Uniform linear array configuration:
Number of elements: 4
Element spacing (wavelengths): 0.75
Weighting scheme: hann
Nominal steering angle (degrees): -15
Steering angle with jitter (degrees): -16.415
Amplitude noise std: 0.05
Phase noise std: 0.05

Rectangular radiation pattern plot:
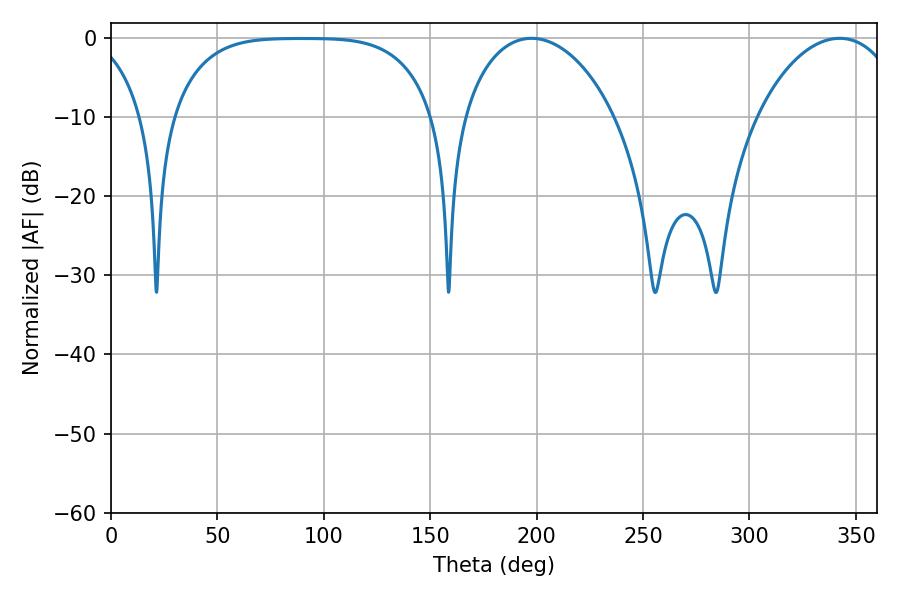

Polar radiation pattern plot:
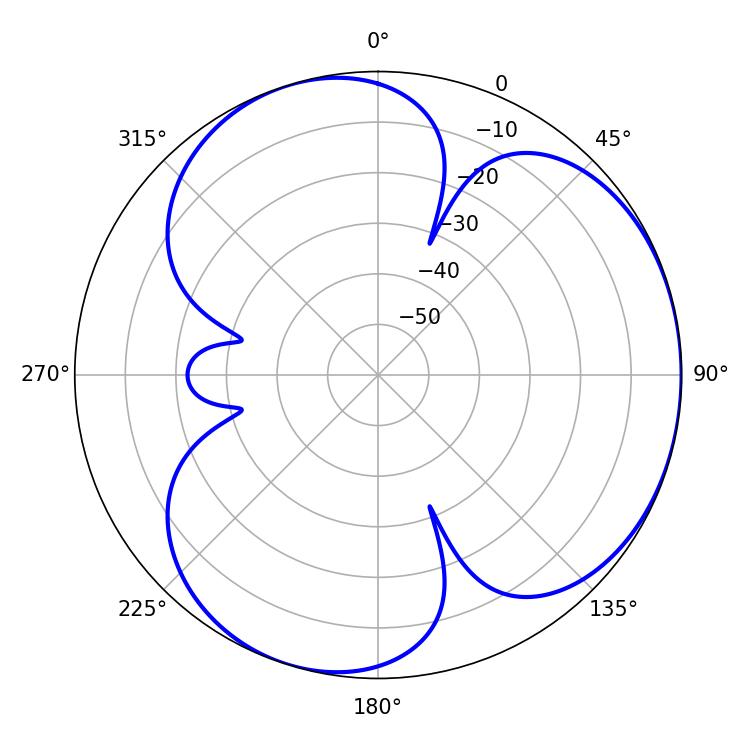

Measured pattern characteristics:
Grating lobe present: TRUE
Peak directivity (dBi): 3.59
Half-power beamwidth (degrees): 41.04
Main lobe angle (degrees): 197.64